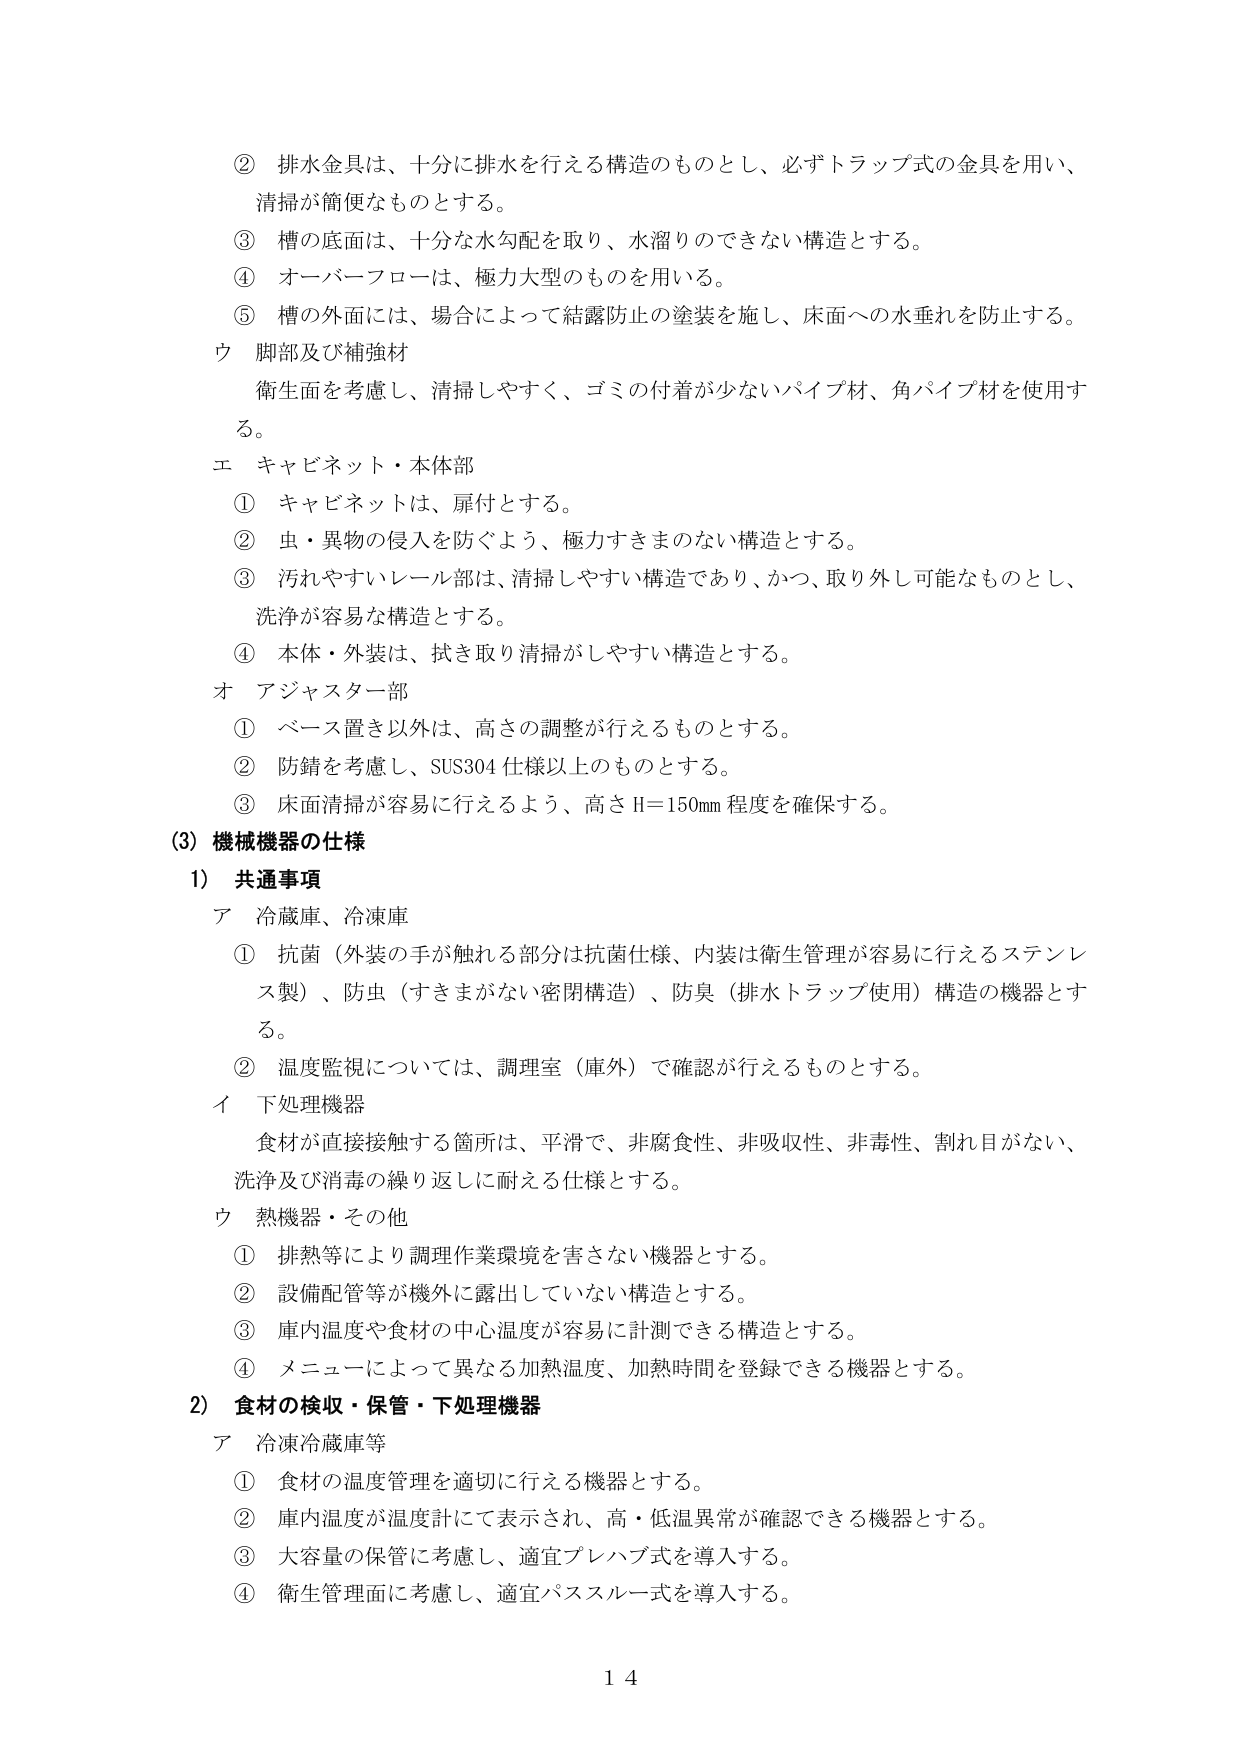
② 排水金具は、十分に排水を行える構造のものとし、必ずトラップ式の金具を用い、清掃が簡便なものとする。
③ 槽の底面は、十分な水勾配を取り、水溜りのできない構造とする。
④ オーバーフローは、極力大型のものを用いる。
⑤ 槽の外面には、場合によって結露防止の塗装を施し、床面への水垂れを防止する。
ウ 脚部及び補強材
　衛生面を考慮し、清掃しやすく、ゴミの付着が少ないパイプ材、角パイプ材を使用する。
エ キャビネット・本体部
① キャビネットは、扉付とする。
② 虫・異物の侵入を防ぐよう、極力すきまのない構造とする。
③ 汚れやすいレール部は、清掃しやすい構造であり、かつ、取り外し可能なものとし、洗浄が容易な構造とする。
④ 本体・外装は、拭き取り清掃がしやすい構造とする。
オ アジャスター部
① ベース置き以外は、高さの調整が行えるものとする。
② 防錆を考慮し、SUS304仕様以上のものとする。
③ 床面清掃が容易に行えるよう、高さH=150mm程度を確保する。
(3) 機械機器の仕様
1) 共通事項
ア 冷蔵庫、冷凍庫
① 抗菌（外装の手が触れる部分は抗菌仕様、内装は衛生管理が容易に行えるステンレス製）、防虫（すきまがない密閉構造）、防臭（排水トラップ使用）構造の機器とする。
② 温度監視については、調理室（庫外）で確認が行えるものとする。
イ 下処理機器
　食材が直接接触する箇所は、平滑で、非腐食性、非吸収性、非毒性、割れ目がない、洗浄及び消毒の繰り返しに耐える仕様とする。
ウ 熱機器・その他
① 排熱等により調理作業環境を害さない機器とする。
② 設備配管等が機外に露出していない構造とする。
③ 庫内温度や食材の中心温度が容易に計測できる構造とする。
④ メニューによって異なる加熱温度、加熱時間を登録できる機器とする。
2) 食材の検収・保管・下処理機器
ア 冷凍冷蔵庫等
① 食材の温度管理を適切に行える機器とする。
② 庫内温度が温度計にて表示され、高・低温異常が確認できる機器とする。
③ 大容量の保管に考慮し、適宜プレハブ式を導入する。
④ 衛生管理面に考慮し、適宜パススルー式を導入する。
14